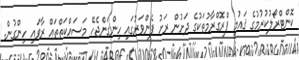
ކޮންޓްރޯލުކުރުމުގެ ޤައުމީ ޕްރޮގްރާމުތަކުގެ ދަށުން ރަށު ފެންވަރުގައި ހިންގަންޖެހޭ މަސައްކަތްތައް ރާވައި ހިންގުން.